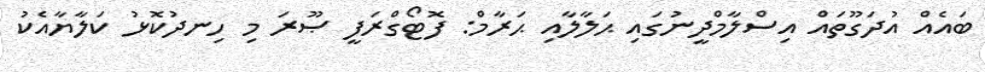
ބައެއް އުދަގޫތައް އިސްލާމްދީނުގައި ޙަލާލާއި ޙަރާމް: ފޮޓޯގްރަފީ ޞޫރަ މި ހިނދުކޮޅު ކަލާޔާއެކު